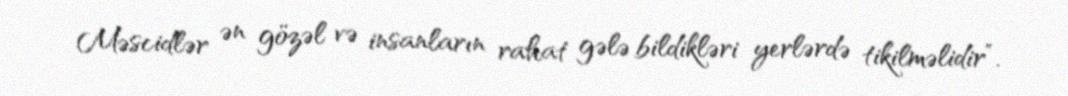
Məscidlər ən gözəl və insanların rahat gələ bildikləri yerlərdə tikilməlidir”.